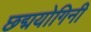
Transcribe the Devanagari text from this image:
छद्मयोगिनी